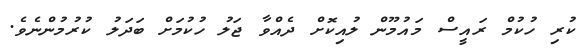
ކުރި ހުކުމް ރައީސް މައުމޫން ލުއިކޮށް ދެއްވާ ޖަލު ހުކުމަށް ބަދަލު ކުރުމުންނެވެ.